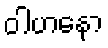
ဝါဟနော